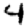
Digit: 4